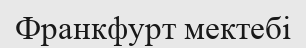
Франкфурт мектебі